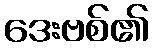
ဒေးဗစ်၏